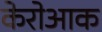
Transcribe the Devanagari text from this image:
केरोआक